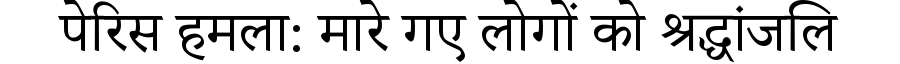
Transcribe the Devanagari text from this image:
पेरिस हमला: मारे गए लोगों को श्रद्धांजलि